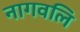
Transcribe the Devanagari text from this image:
नागवलि